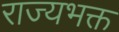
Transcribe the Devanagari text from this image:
राज्यभक्त